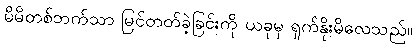
မိမိတစ်ဘက်သာ မြင်တတ်ခဲ့ခြင်းကို ယခုမှ ရှက်နိုးမိလေသည်။